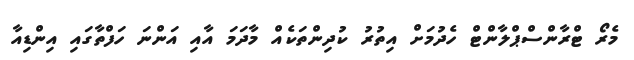
މެރޯ ޓްރާންސްޕްލާންޓް ހެދުމަށް އިތުރު ކުދިންތަކެއް މާދަމަ އާއި އަންނަ ހަފްތާގައި އިންޑިއާ